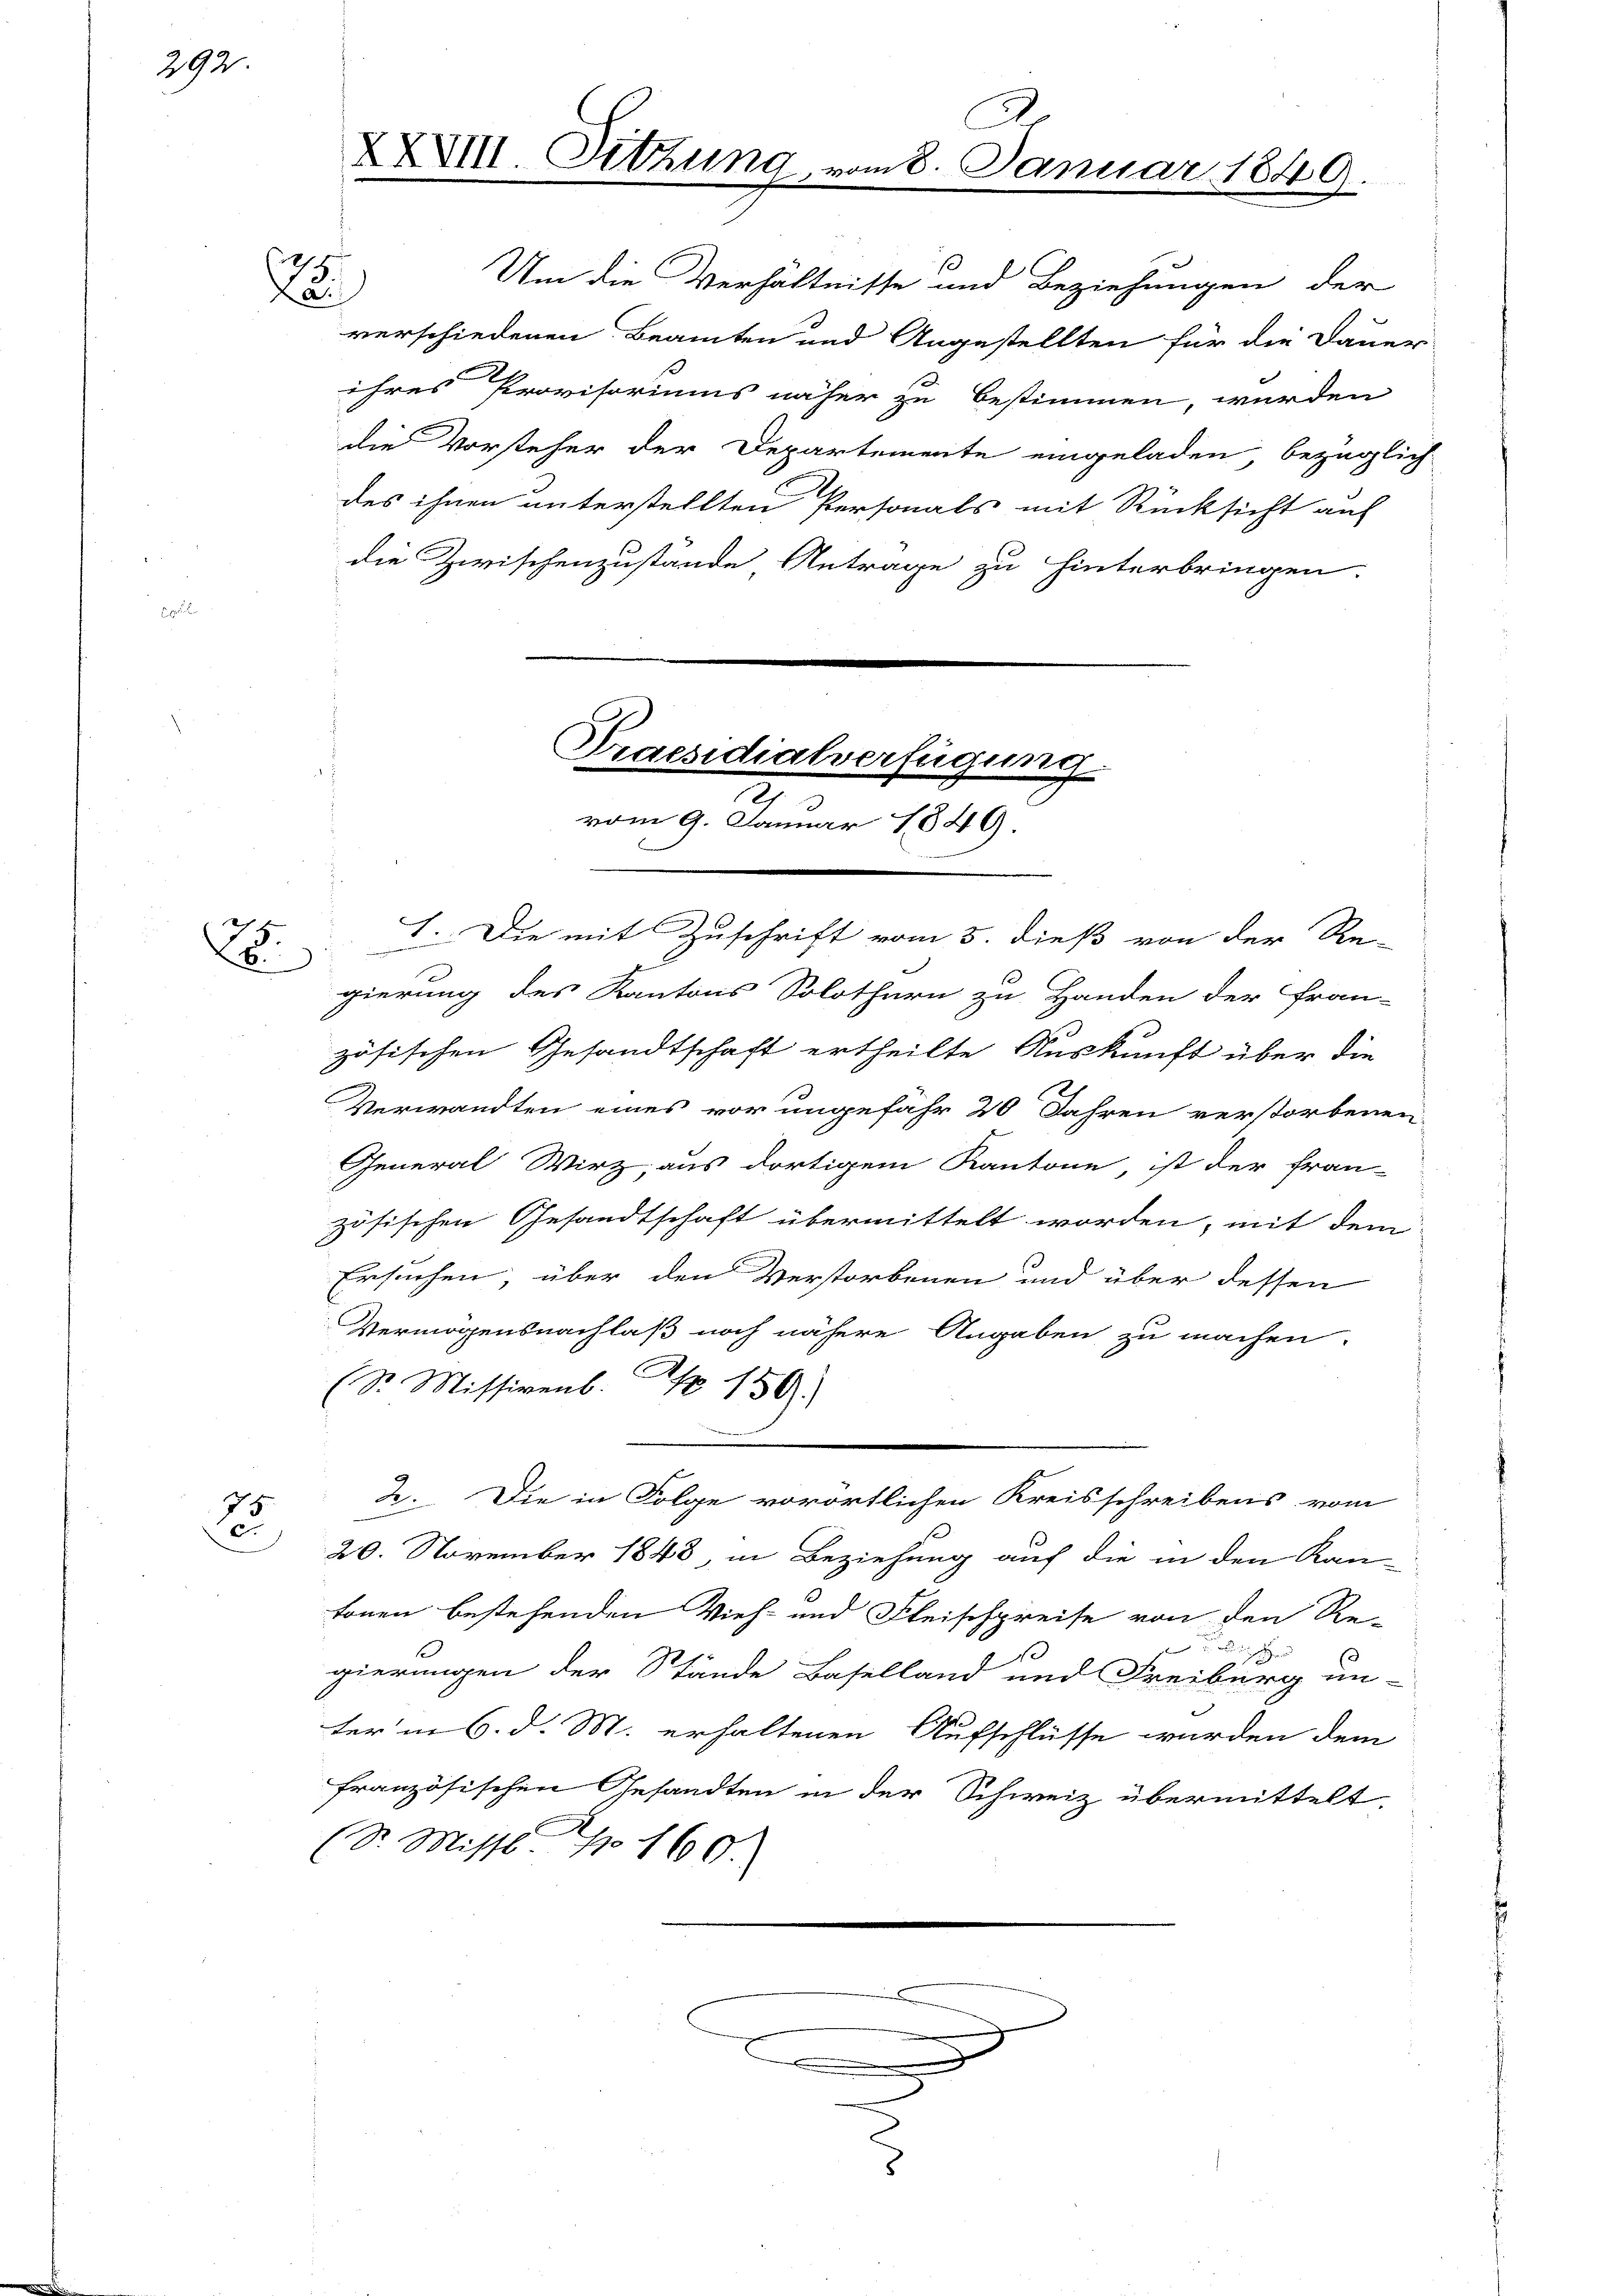
292.

75
1

Um die Verhältnisse und Beziehungen der
verschiedenen Beamten und Angestellten für die Dauer
ihres Provisoriums näher zu bestimmen, wurden
die Vorsteher der Departemente eingeladen bezüglich
des ihnen unterstellten Personals mit Rücksicht auf
die Zwischenzustände, Antrage zu hinterbringen.

E

u
XXVIII. Sitzung, vom 8. Januar 1849.

Praesidialverfügung
vom 9. Januar 1849.

. I. Die mit Zuschrift vom 5. dieß von der Re-
gierung des Kantons Solothurn zu Handen der fran-
zösischen Gesandtschaft ertheilte Auskunft über die
Verwandten eines vor ungefähr 20 Jahren verstorbenen
General Wirz, aus dortigem Kantone, ist der fran-
zösischen Gesandtschaft übermittelt worden, mit dem
Ersuchen, über den Verstorbenen und über dessen
Vermögensnachlaß noch nähere Angaben zu machen.
(Sr. Missivenb. Nr. 159.
2. Die in Folge vorörtlichen Kreisschreibens vom
20. November 1848, in Beziehung auf die in den Kan-
tonen bestehenden Vieh- und Fleischpreise von den Re-

Se
gierungen der Stände Baselland und Freiburg un-
ter in 6. d. M. erhaltenen Aufschlüsse wurden dem
französischen Gesandten in der Schweiz übermittelt.
(S. Missl Nr 160.

e